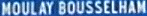
MOULAY BOUSSELHAM